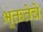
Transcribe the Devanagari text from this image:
भूक्ततेचे